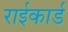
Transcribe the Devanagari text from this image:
राईकार्ड